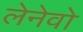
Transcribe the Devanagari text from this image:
लेनेवो